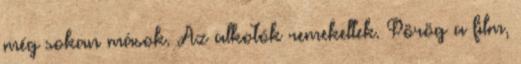
még sokan mások. Az alkotók remekeltek. Pörög a film,